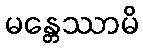
မန္တေဿာမိ